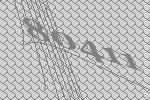
80411